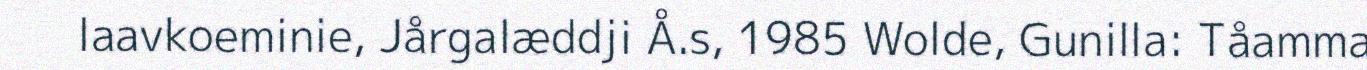
laavkoeminie, Jårgalæddji Å.s, 1985 Wolde, Gunilla: Tåamma